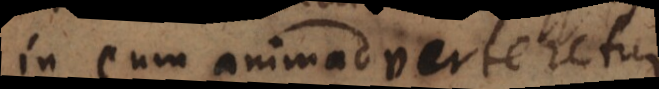
in eum animadverteretu